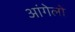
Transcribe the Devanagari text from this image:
आंगेलो